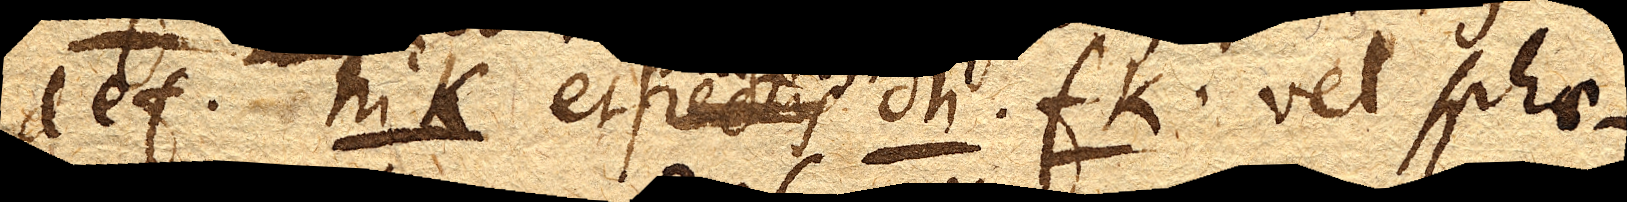
def. hik. et rectis dh. fk. vel sphae–